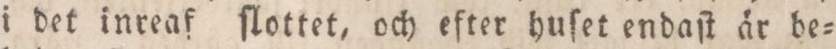
i det inreaf ſlottet, och efter huſet endaſt är be=